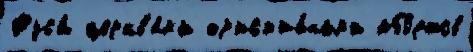
Рус'и́ церкв'я́м'и хр'ист'иа́нам'и або́ртов